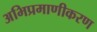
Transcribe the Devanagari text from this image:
अभिप्रमाणीकरण